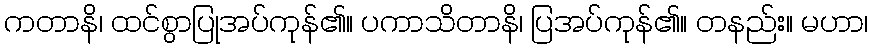
ကတာနိ၊ ထင်စွာပြုအပ်ကုန်၏။ ပကာသိတာနိ၊ ပြအပ်ကုန်၏။ တနည်း။ မဟာ၊